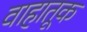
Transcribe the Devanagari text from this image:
वाहातूक